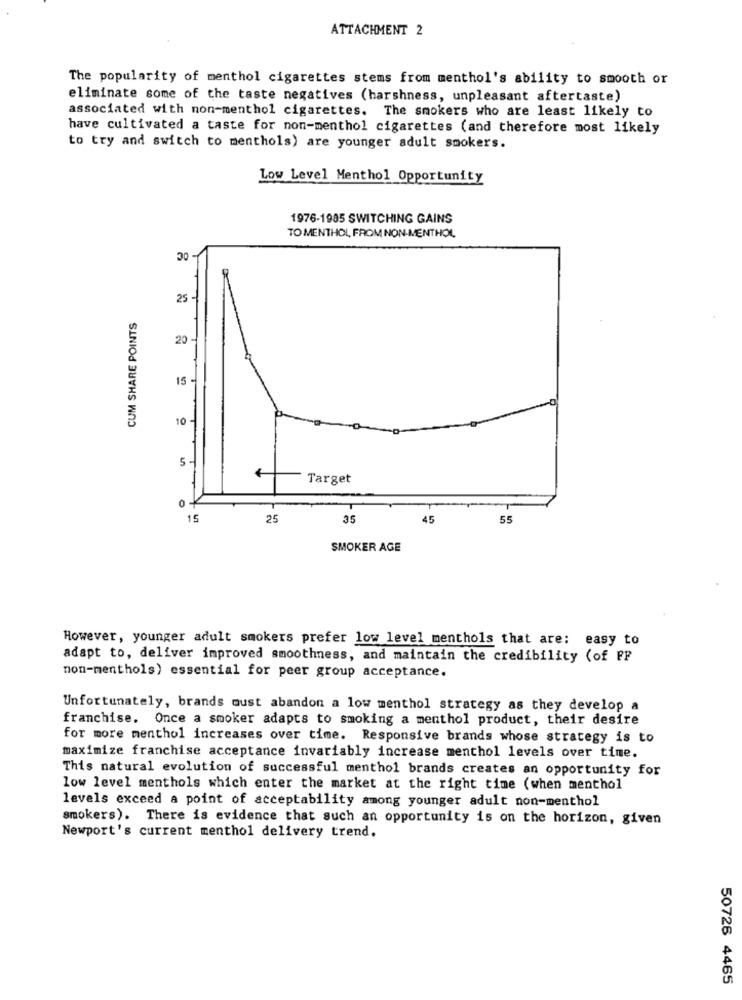
ATTACHMENT 2
The popularity of menthol cigarettes stems from menthol's ability to smooth or
eliminate some of the taste negatives (harshness, unpleasant aftertaste)
associated with non-menthol cigarettes. The smokers who are least likely to
have cultivated a taste for non-menthol cigarettes (and therefore most likely
to try and switch to menthols) are younger adult smokers.
Low Level Menthol Opportunity
1976-1985 SWITCHING GAINS
TO MENTHOL, FROM NON-MENTHOL
30 -
25 -
CUM SHARE POINTS
20 -
15
10 -
5 -
Target
15
25
35
45
55
SMOKER AGE
However, younger adult smokers prefer low level menthols that are: easy to
adapt to, deliver improved smoothness, and maintain the credibility (of FF
non-menthols) essential for peer group acceptance.
Unfortunately, brands oust abandon a low menthol strategy as they develop a
franchise. Once a smoker adapts to smoking a menthol product, their desire
for more menthol increases over time. Responsive brands whose strategy is to
maximize franchise acceptance invariably increase menthol levels over time.
This natural evolution of successful menthol brands creates an opportunity for
low level menthols which enter the market at the right time (when menthol
levels exceed a point of acceptability among younger adult non-menthol
smokers). There is evidence that such an opportunity is on the horizon, given
Newport's current menthol delivery trend.
50726 4465